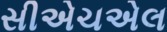
સીએચએલ